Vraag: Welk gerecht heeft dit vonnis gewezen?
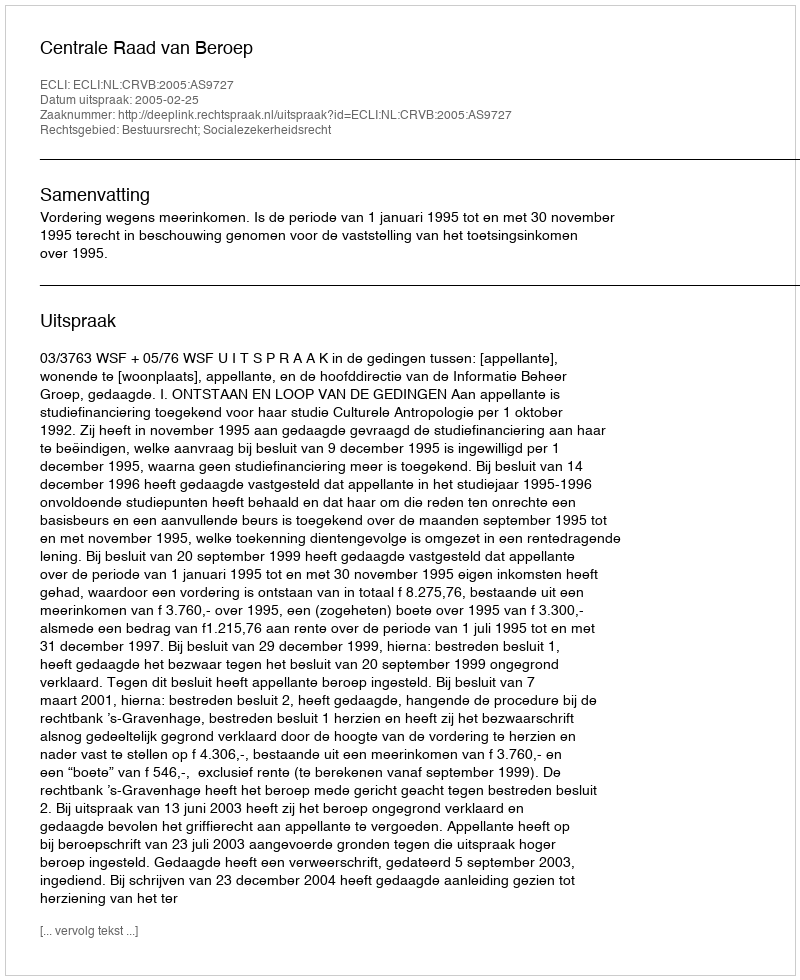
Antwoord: Centrale Raad van Beroep